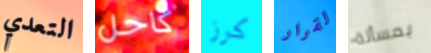
التعدي كاحل كرز لقرار بمسألة